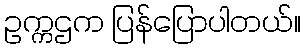
ဥက္ကဌက ပြန်ပြောပါတယ်။